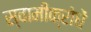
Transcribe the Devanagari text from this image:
स्वामीक्रोधें